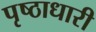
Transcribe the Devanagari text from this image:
पृष्ठाधारी